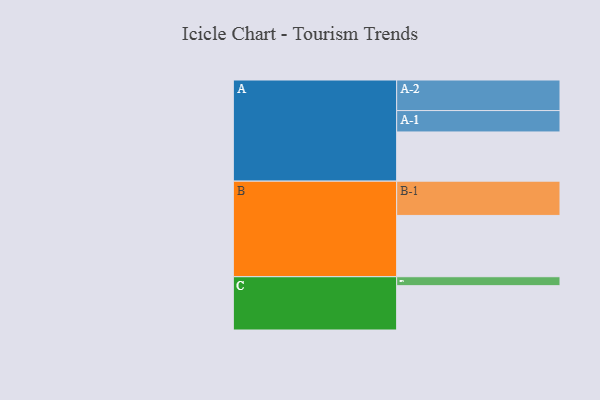
{"axis": {"x": "Segment", "y": "Value"}, "legend": ["", "A", "B", "C"], "data": [{"x": "A", "y": 412, "type": ""}, {"x": "B", "y": 513, "type": ""}, {"x": "C", "y": 371, "type": ""}, {"x": "A-1", "y": 179, "type": "A"}, {"x": "A-2", "y": 256, "type": "A"}, {"x": "B-1", "y": 287, "type": "B"}, {"x": "C-1", "y": 75, "type": "C"}]}